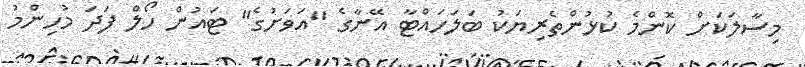
މިސާލަކަށް ކޮންމެ ކުޅުންތެރިޔަކު ބަލަހައްޓާ އޭނާގެ "އަވަށުގެ" ޓައުން ހޯލް ފަދަ މުހިންމު